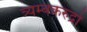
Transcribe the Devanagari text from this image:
त्र्यम्बकरुद्रो